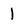
Character: 1